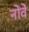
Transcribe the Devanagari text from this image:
नोवें